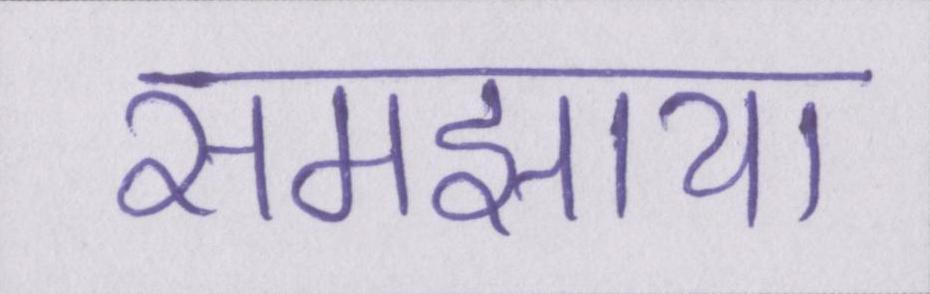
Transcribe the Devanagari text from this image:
समझाया